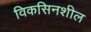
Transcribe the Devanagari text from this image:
विकसिनशील